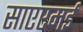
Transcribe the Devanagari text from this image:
साएएमई